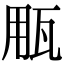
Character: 𤬶